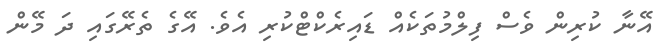
އޭނާ ކުރިން ވެސް ފިލްމުތަކެއް ޑައިރެކްޓްކުރި އެވެ. އޭގެ ތެރޭގައި ދަ މޭން